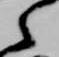
之